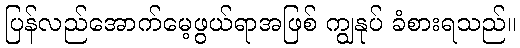
ပြန်လည်အောက်မေ့ဖွယ်ရာအဖြစ် ကျွနုပ် ခံစားရသည်။